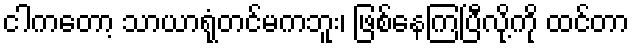
ငါကတော့ သာယာရုံတင်မကဘူး၊ ဖြစ်နေကြပြီလို့ကို ထင်တာ